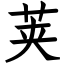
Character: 荚